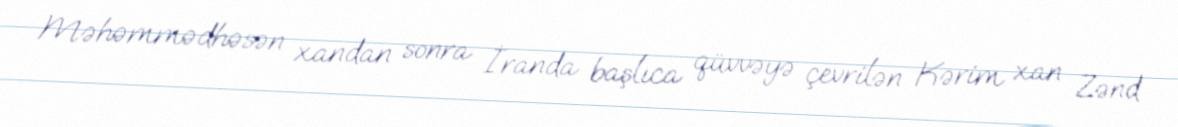
Məhəmmədhəsən xandan sonra İranda başlıca qüvvəyə çevrilən Kərim xan Zənd